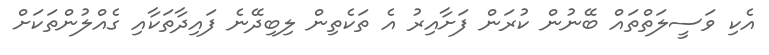
އެކި ވަސީލަތްތައް ބޭނުން ކުރަން ފަށާއިރު އެ ތަކެތިން ލިބިދޭނެ ފައިދާތަކާއި ގެއްލުންތަަކަށް